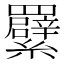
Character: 𦍁